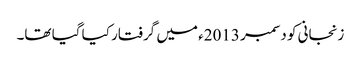
زنجانی کو دسمبر 2013ء میں گرفتار کیا گیا تھا۔